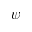
\psi